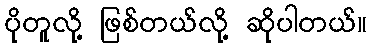
ပိုတူလို့ ဖြစ်တယ်လို့ ဆိုပါတယ်။